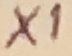
Text: X1